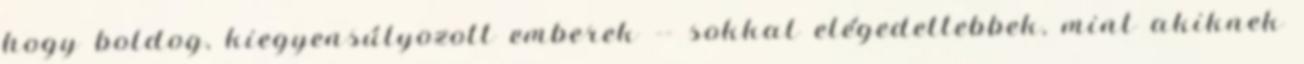
hogy boldog, kiegyensúlyozott emberek -- sokkal elégedettebbek, mint akiknek